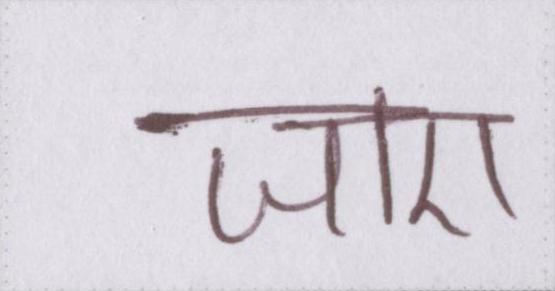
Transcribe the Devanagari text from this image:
जाए